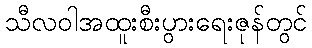
သီလဝါအထူးစီးပွားရေးဇုန်တွင်